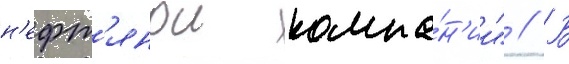
н'ефт'янои компа́н'ии" // В